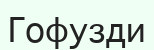
Гофузди